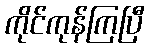
ကိုင်ကုန်ကြပြီ